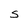
Character: S